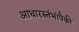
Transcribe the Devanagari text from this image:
आधारस्तंभांपैकी